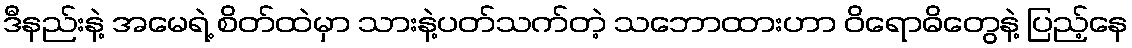
ဒီနည်းနဲ့ အမေရဲ့ စိတ်ထဲမှာ သားနဲ့ပတ်သက်တဲ့ သဘောထားဟာ ဝိရောဓိတွေနဲ့ ပြည့်နေ